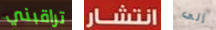
تراقبني انتشار إلى